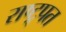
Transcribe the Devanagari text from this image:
राष्ट्र्पत